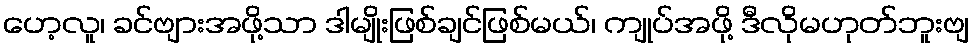
ဟေ့လူ၊ ခင်ဗျားအဖို့သာ ဒါမျိုးဖြစ်ချင်ဖြစ်မယ်၊ ကျုပ်အဖို့ ဒီလိုမဟုတ်ဘူးဗျ